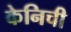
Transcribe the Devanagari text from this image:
केनिची